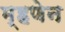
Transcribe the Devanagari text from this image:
म्हणेन